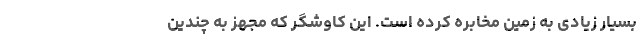
بسیار زیادی به زمین مخابره کرده است. این کاوشگر که مجهز به چندین